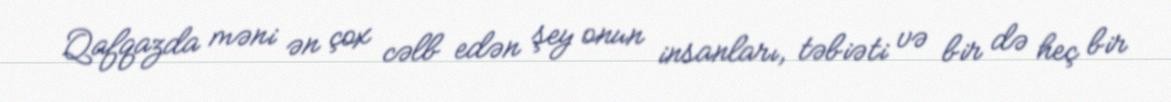
Qafqazda məni ən çox cəlb edən şey onun insanları, təbiəti və bir də heç bir